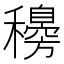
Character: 𥣰